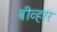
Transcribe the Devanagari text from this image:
बीव्हरर